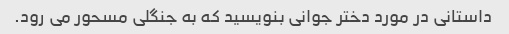
داستانی در مورد دختر جوانی بنویسید که به جنگلی مسحور می رود.